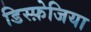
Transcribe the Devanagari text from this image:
डिस्फ़ेजिया